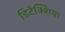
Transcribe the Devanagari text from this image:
डिटेक्शिया